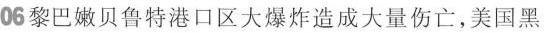
06黎巴嫩贝鲁特港口区大爆炸造成大量伤亡，美国黑